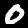
Digit: 0